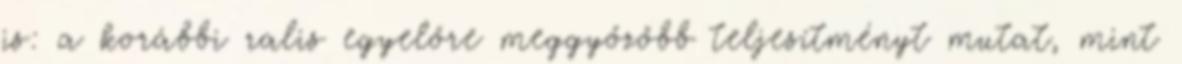
is: a korábbi ralis egyelőre meggyőzőbb teljesítményt mutat, mint